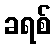
ခရစ်